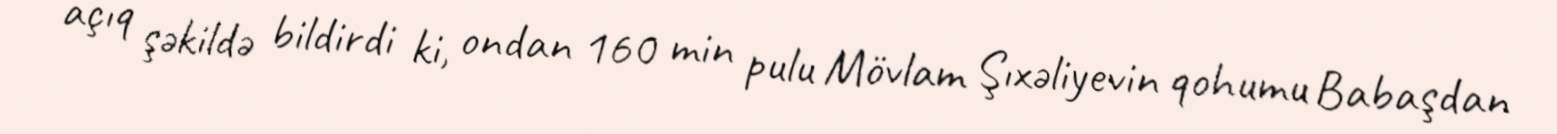
açıq şəkildə bildirdi ki, ondan 160 min pulu Mövlam Şıxəliyevin qohumu Babaşdan